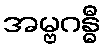
အမ္ဗဂန္ဓီ